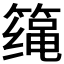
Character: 𱸤